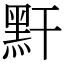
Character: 䵟